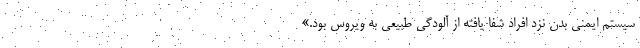
سیستم ایمنی بدن نزد افراد شفا یافته از آلودگی طبیعی به ویروس بود.»